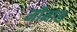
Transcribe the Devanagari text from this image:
मौनाश